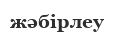
жәбірлеу